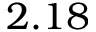
2 . 1 8